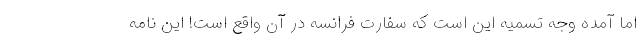
اما آمده وجه تسمیه این است که سفارت فرانسه در آن واقع است! این نامه